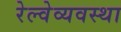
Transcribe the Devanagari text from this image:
रेल्वेव्यवस्था